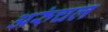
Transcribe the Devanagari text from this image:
अरुंचल